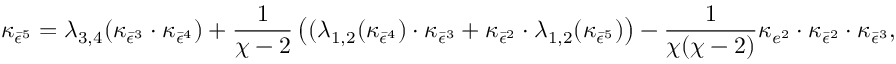
\kappa _ { \bar { \epsilon } ^ { 5 } } = \lambda _ { 3 , 4 } ( \kappa _ { \bar { \epsilon } ^ { 3 } } \cdot \kappa _ { \bar { \epsilon } ^ { 4 } } ) + \frac { 1 } { \chi - 2 } \left( ( \lambda _ { 1 , 2 } ( \kappa _ { \bar { \epsilon } ^ { 4 } } ) \cdot \kappa _ { \bar { \epsilon } ^ { 3 } } + \kappa _ { \bar { \epsilon } ^ { 2 } } \cdot \lambda _ { 1 , 2 } ( \kappa _ { \bar { \epsilon } ^ { 5 } } ) \right) - \frac { 1 } { \chi ( \chi - 2 ) } \kappa _ { e ^ { 2 } } \cdot \kappa _ { \bar { \epsilon } ^ { 2 } } \cdot \kappa _ { \bar { \epsilon } ^ { 3 } } ,